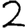
Digit: 2